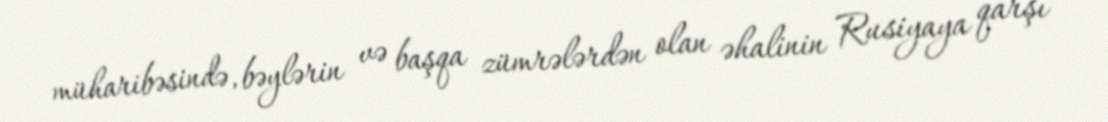
müharibəsində, bəylərin və başqa zümrələrdən olan əhalinin Rusiyaya qarşı